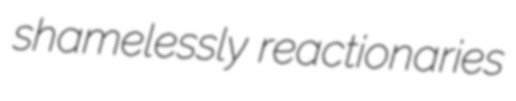
shamelessly reactionaries